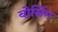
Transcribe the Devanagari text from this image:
बोर्सिग